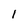
Character: I